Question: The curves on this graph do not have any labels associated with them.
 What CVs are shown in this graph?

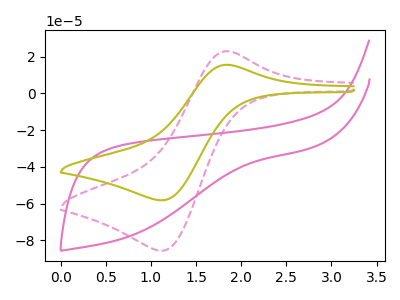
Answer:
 <answer>The pink dashed curve does not have a label. The pink curve does not have a label. The olive curve does not have a label.</answer>
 <eval></eval>